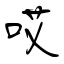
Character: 哎